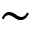
\sim